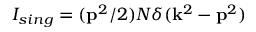
I _ { s i n g } = ( { \bf p } ^ { 2 } / 2 ) { \cal N } \delta ( { \bf k } ^ { 2 } - { \bf p } ^ { 2 } )